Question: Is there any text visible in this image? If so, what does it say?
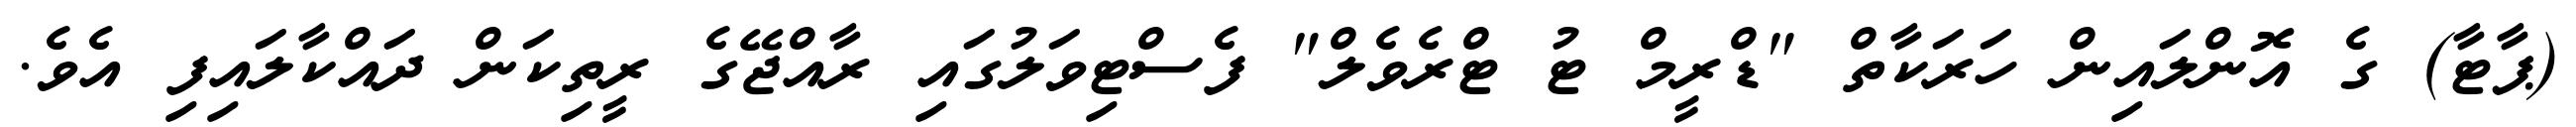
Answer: (ޕާޓާ) ގެ އޮންލައިން ހަރަކާތް "ޑްރީމް ޓު ޓްރެވެލް" ފެސްޓިވަލުގައި ރާއްޖޭގެ ރީތިކަން ދައްކާލައިފި އެވެ.